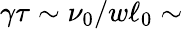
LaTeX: \gamma\tau\sim\nu_{0}/w\ell_{0}\sim